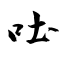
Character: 吐